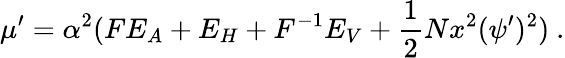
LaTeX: \mu^{\prime}=\alpha^{2}(FE_{A}+E_{H}+F^{-1}E_{V}+{\frac{1}{2}}Nx^{2}(\psi^{\prime})^{2})\ .